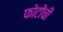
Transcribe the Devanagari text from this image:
फोटोंची